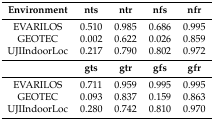
<table><thead><tr><td><b>Environment</b></td><td><b>nts</b></td><td><b>ntr</b></td><td><b>nfs</b></td><td><b>nfr</b></td></tr></thead><tbody><tr><td>EVARILOS</td><td>0.510</td><td>0.985</td><td>0.686</td><td>0.995</td></tr><tr><td>GEOTEC</td><td>0.002</td><td>0.622</td><td>0.026</td><td>0.859</td></tr><tr><td>UJIIndoorLoc</td><td>0.217</td><td>0.790</td><td>0.802</td><td>0.972</td></tr><tr><td></td><td><b>gts</b></td><td><b>gtr</b></td><td><b>gfs</b></td><td><b>gfr</b></td></tr><tr><td>EVARILOS</td><td>0.711</td><td>0.959</td><td>0.995</td><td>0.995</td></tr><tr><td>GEOTEC</td><td>0.093</td><td>0.837</td><td>0.159</td><td>0.863</td></tr><tr><td>UJIIndoorLoc</td><td>0.280</td><td>0.742</td><td>0.810</td><td>0.970</td></tr></tbody></table>